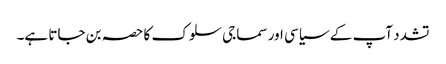
تشدد آپ کے سیاسی اور سماجی سلوک کا حصہ بن جاتا ہے۔